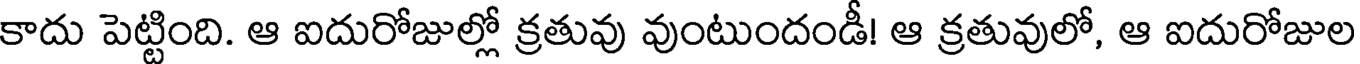
కాదు పెట్టింది. ఆ ఐదురోజుల్లో క్రతువు వుంటుందండీ! ఆ క్రతువులో, ఆ ఐదురోజుల